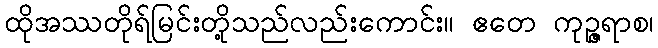
ထိုအဿတိုရ်မြင်းတို့သည်လည်းကောင်း။ ဧတေ ကုဉ္ဇရာစ၊